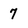
Character: 7